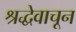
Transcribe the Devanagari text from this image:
श्रद्धेवाचून